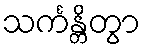
သင်္ကန္တိတွာ